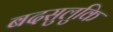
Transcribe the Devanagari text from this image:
बदसुलुकि